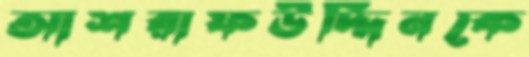
আশরাফউদ্দিনকে